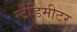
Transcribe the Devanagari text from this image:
स्टैडिमीटर